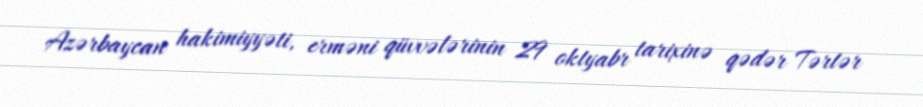
Azərbaycan hakimiyyəti, erməni qüvvələrinin 29 oktyabr tarixinə qədər Tərtər